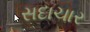
સદાચાર